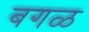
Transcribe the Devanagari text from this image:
बगळ